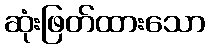
ဆုံးဖြတ်ထားသော